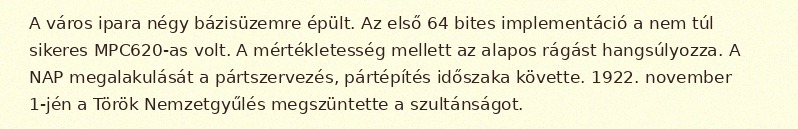
A város ipara négy bázisüzemre épült. Az első 64 bites implementáció a nem túl sikeres MPC620-as volt. A mértékletesség mellett az alapos rágást hangsúlyozza. A NAP megalakulását a pártszervezés, pártépítés időszaka követte. 1922. november 1-jén a Török Nemzetgyűlés megszüntette a szultánságot.